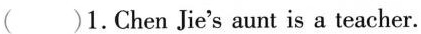
( )1.Chen Jie's aunt is a teacher.